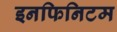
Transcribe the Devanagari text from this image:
इनफिनिटम